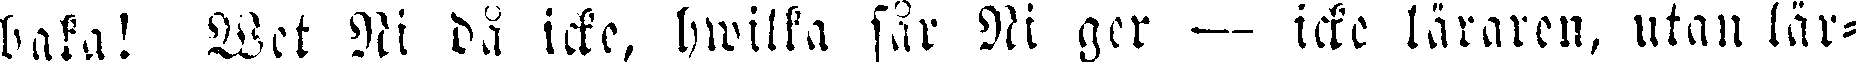
baka! Wet Ni då icke, hwilka får Ni ger — icke läraren, utan lär-